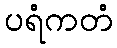
ပရံကတံ